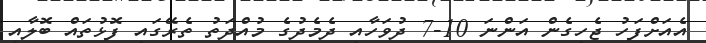
އެއަށްފަހު ޖެހިގެން އަންނަ 10-7 ދުވަހާއި ދެމެދުގެ މުއްދަތު ތެރޭގައި ފޮޅުތައް ބޮލާއި